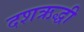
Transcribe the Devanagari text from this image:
दशऋद्धी